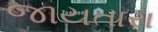
જાયતારા